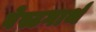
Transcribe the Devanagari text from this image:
वेस्टगार्थ